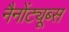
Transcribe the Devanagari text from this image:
नैनोंट्यूब्स